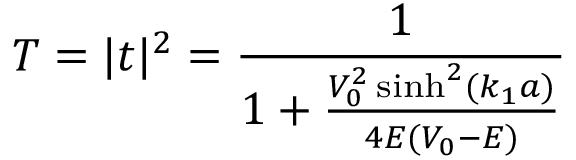
T = | t | ^ { 2 } = { \frac { 1 } { 1 + { \frac { V _ { 0 } ^ { 2 } \sinh ^ { 2 } ( k _ { 1 } a ) } { 4 E ( V _ { 0 } - E ) } } } }